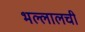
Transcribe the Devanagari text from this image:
भल्लालची